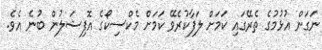
ނަގަން އުޅުމުގެ ތެރޭގައި ކަމަށް ލަފާކުރެވޭ ކަމަށް މެކްސިކޯގެ އޮފިޝަލުން ބުނެ އެވެ.